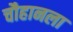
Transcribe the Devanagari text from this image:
चौहानला